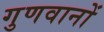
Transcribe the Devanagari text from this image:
गुणवानों